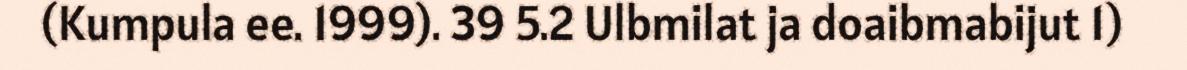
(Kumpula ee. 1999). 39 5.2 Ulbmilat ja doaibmabijut 1)